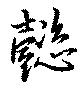
懿